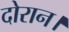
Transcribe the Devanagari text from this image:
दोरान।